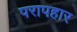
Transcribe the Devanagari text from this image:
परापहार